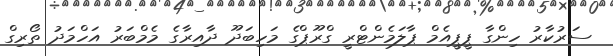
ސަރުކާރު ހިންގާ ޕީޕީއެމް ޕާލަމެންޓްރީ ގްރޫޕްގެ މަހިބަދޫ ދާއިރާގެ މެމްބަރު އަހްމަދު ތޯރިގް